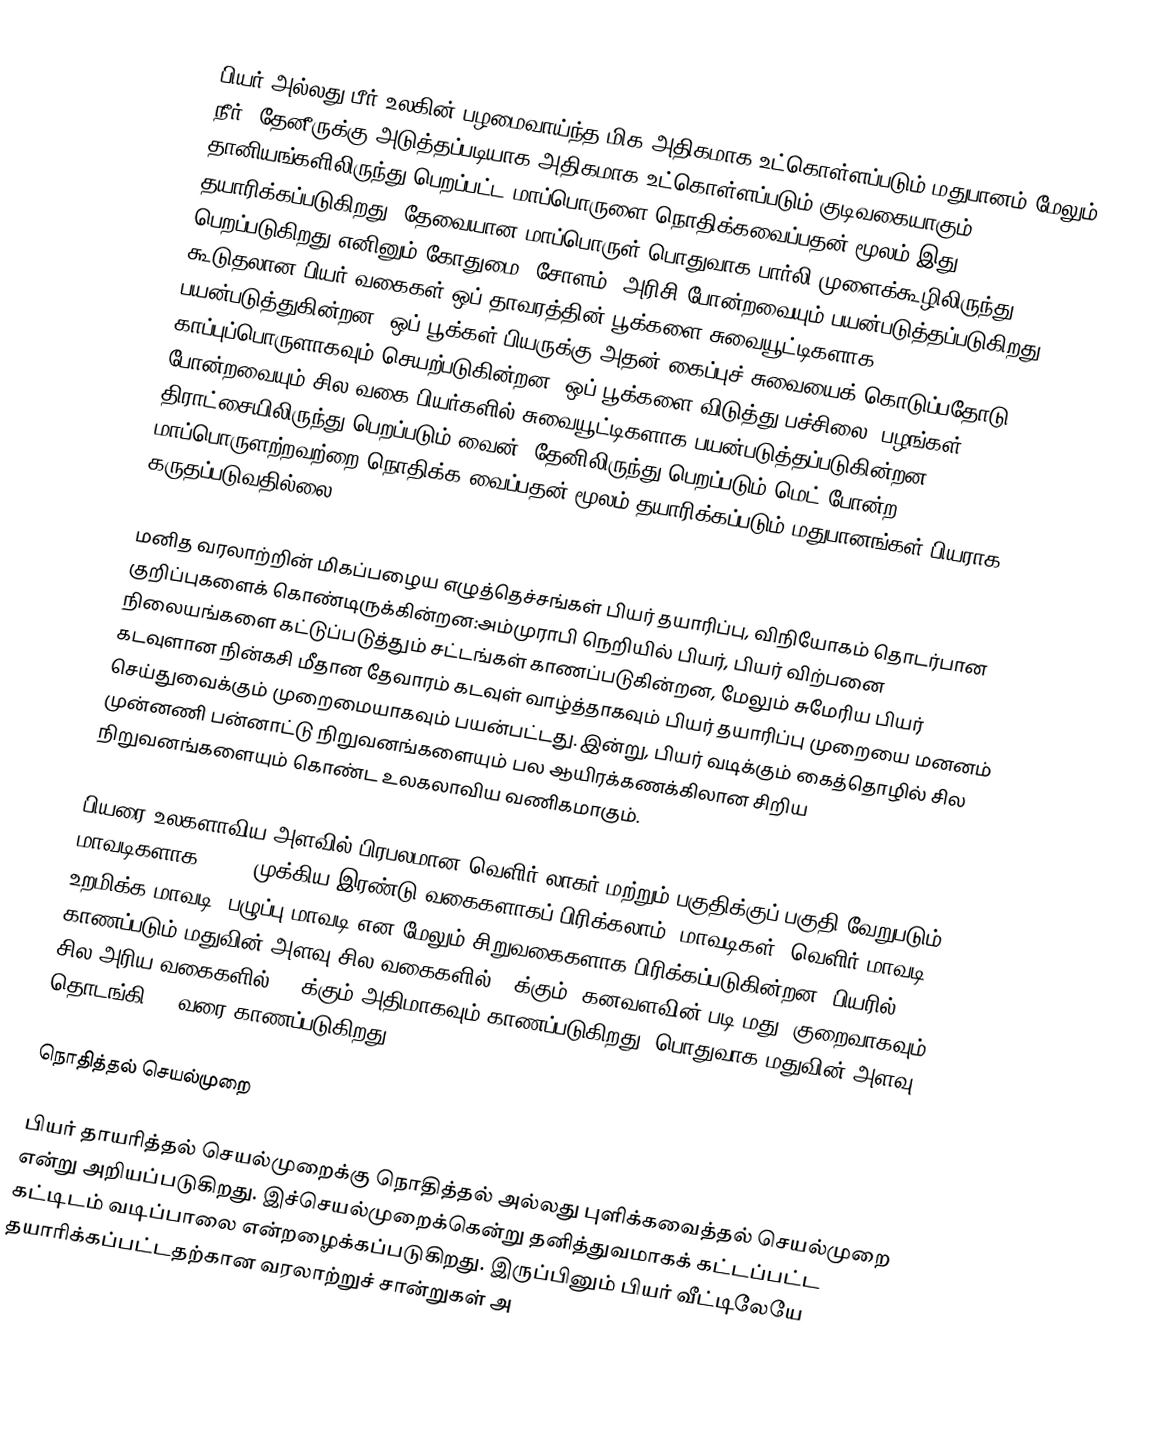
பியர் அல்லது பீர் உலகின் பழமைவாய்ந்த மிக அதிகமாக உட்கொள்ளப்படும் மதுபானம் மேலும், நீர், தேனீருக்கு அடுத்தப்படியாக அதிகமாக உட்கொள்ளப்படும் குடிவகையாகும். தானியங்களிலிருந்து பெறப்பட்ட மாப்பொருளை நொதிக்கவைப்பதன் மூலம் இது தயாரிக்கப்படுகிறது. தேவையான மாப்பொருள் பொதுவாக பார்லி முளைக்கூழிலிருந்து பெறப்படுகிறது எனினும் கோதுமை, சோளம், அரிசி போன்றவையும் பயன்படுத்தப்படுகிறது. கூடுதலான பியர் வகைகள் ஒப் தாவரத்தின் பூக்களை சுவையூட்டிகளாக பயன்படுத்துகின்றன. ஒப் பூக்கள்  பியருக்கு அதன் கைப்புச் சுவையைக் கொடுப்பதோடு காப்புப்பொருளாகவும் செயற்படுகின்றன. ஒப் பூக்களை விடுத்து பச்சிலை, பழங்கள் போன்றவையும் சில வகை பியர்களில் சுவையூட்டிகளாக பயன்படுத்தப்படுகின்றன. திராட்சையிலிருந்து பெறப்படும் வைன், தேனிலிருந்து பெறப்படும் மெட் போன்ற  மாப்பொருளற்றவற்றை நொதிக்க வைப்பதன் மூலம் தயாரிக்கப்படும் மதுபானங்கள் பியராக கருதப்படுவதில்லை.

மனித வரலாற்றின் மிகப்பழைய எழுத்தெச்சங்கள் பியர் தயாரிப்பு, விநியோகம் தொடர்பான குறிப்புகளைக் கொண்டிருக்கின்றன:அம்முராபி நெறியில் பியர், பியர் விற்பனை நிலையங்களை கட்டுப்படுத்தும் சட்டங்கள் காணப்படுகின்றன, மேலும் சுமேரிய பியர் கடவுளான நின்கசி மீதான தேவாரம் கடவுள் வாழ்த்தாகவும் பியர் தயாரிப்பு முறையை மனனம் செய்துவைக்கும் முறைமையாகவும் பயன்பட்டது. இன்று, பியர் வடிக்கும் கைத்தொழில் சில முன்னணி பன்னாட்டு நிறுவனங்களையும் பல ஆயிரக்கணக்கிலான சிறிய நிறுவனங்களையும் கொண்ட உலகலாவிய வணிகமாகும்.

பியரை உலகளாவிய அளவில் பிரபலமான வெளிர் லாகர் மற்றும் பகுதிக்குப் பகுதி வேறுபடும் மாவடிகளாக (ale) முக்கிய இரண்டு வகைகளாகப் பிரிக்கலாம். மாவடிகள், வெளிர் மாவடி, உறமிக்க மாவடி, பழுப்பு மாவடி என மேலும் சிறுவகைகளாக பிரிக்கப்படுகின்றன. பியரில் காணப்படும் மதுவின் அளவு சில வகைகளில் 1%க்கும் (கனவளவின் படி மது) குறைவாகவும் சில அரிய வகைகளில் 20%க்கும் அதிமாகவும் காணப்படுகிறது. பொதுவாக மதுவின் அளவு 4% தொடங்கி 6% வரை காணப்படுகிறது.

நொதித்தல் செயல்முறை

பியர்  தாயரித்தல் செயல்முறைக்கு நொதித்தல் அல்லது புளிக்கவைத்தல் செயல்முறை என்று அறியப்படுகிறது. இச்செயல்முறைக்கென்று தனித்துவமாகக் கட்டப்பட்ட கட்டிடம் வடிப்பாலை என்றழைக்கப்படுகிறது. இருப்பினும் பியர் வீட்டிலேயே தயாரிக்கப்பட்டதற்கான வரலாற்றுச் சான்றுகள் அ